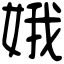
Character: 娥